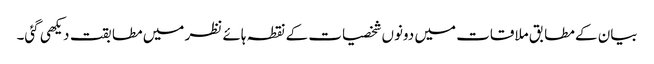
بیان کے مطابق ملاقات میں دونوں شخصیات کے نقطہ ہائے نظر میں مطابقت دیکھی گئی۔